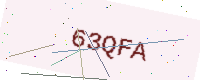
Text: 63QFA